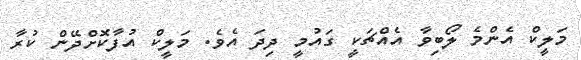
މަލީކް އެންމެ ލޯބިވާ އެއްޗަކީ ގައުމީ ދިދަ އެވެ. މަލީކް އުފާކޮށްދޭން ކުރާ